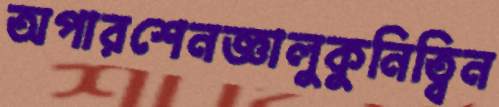
অপারশেনজ্ঞালুকুনিত্বিন